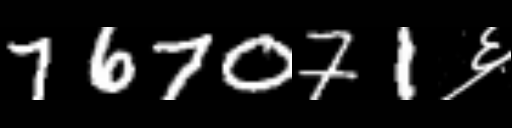
Text: 767071६